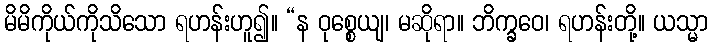
မိမိကိုယ်ကိုသိသော ရဟန်းဟူ၍။ “န ဝုစ္စေယျ၊ မဆိုရာ။ ဘိက္ခဝေ၊ ရဟန်းတို့။ ယသ္မာ